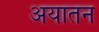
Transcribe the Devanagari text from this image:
अयातन